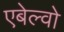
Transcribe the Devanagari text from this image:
एबेल्वो